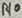
Text: R10